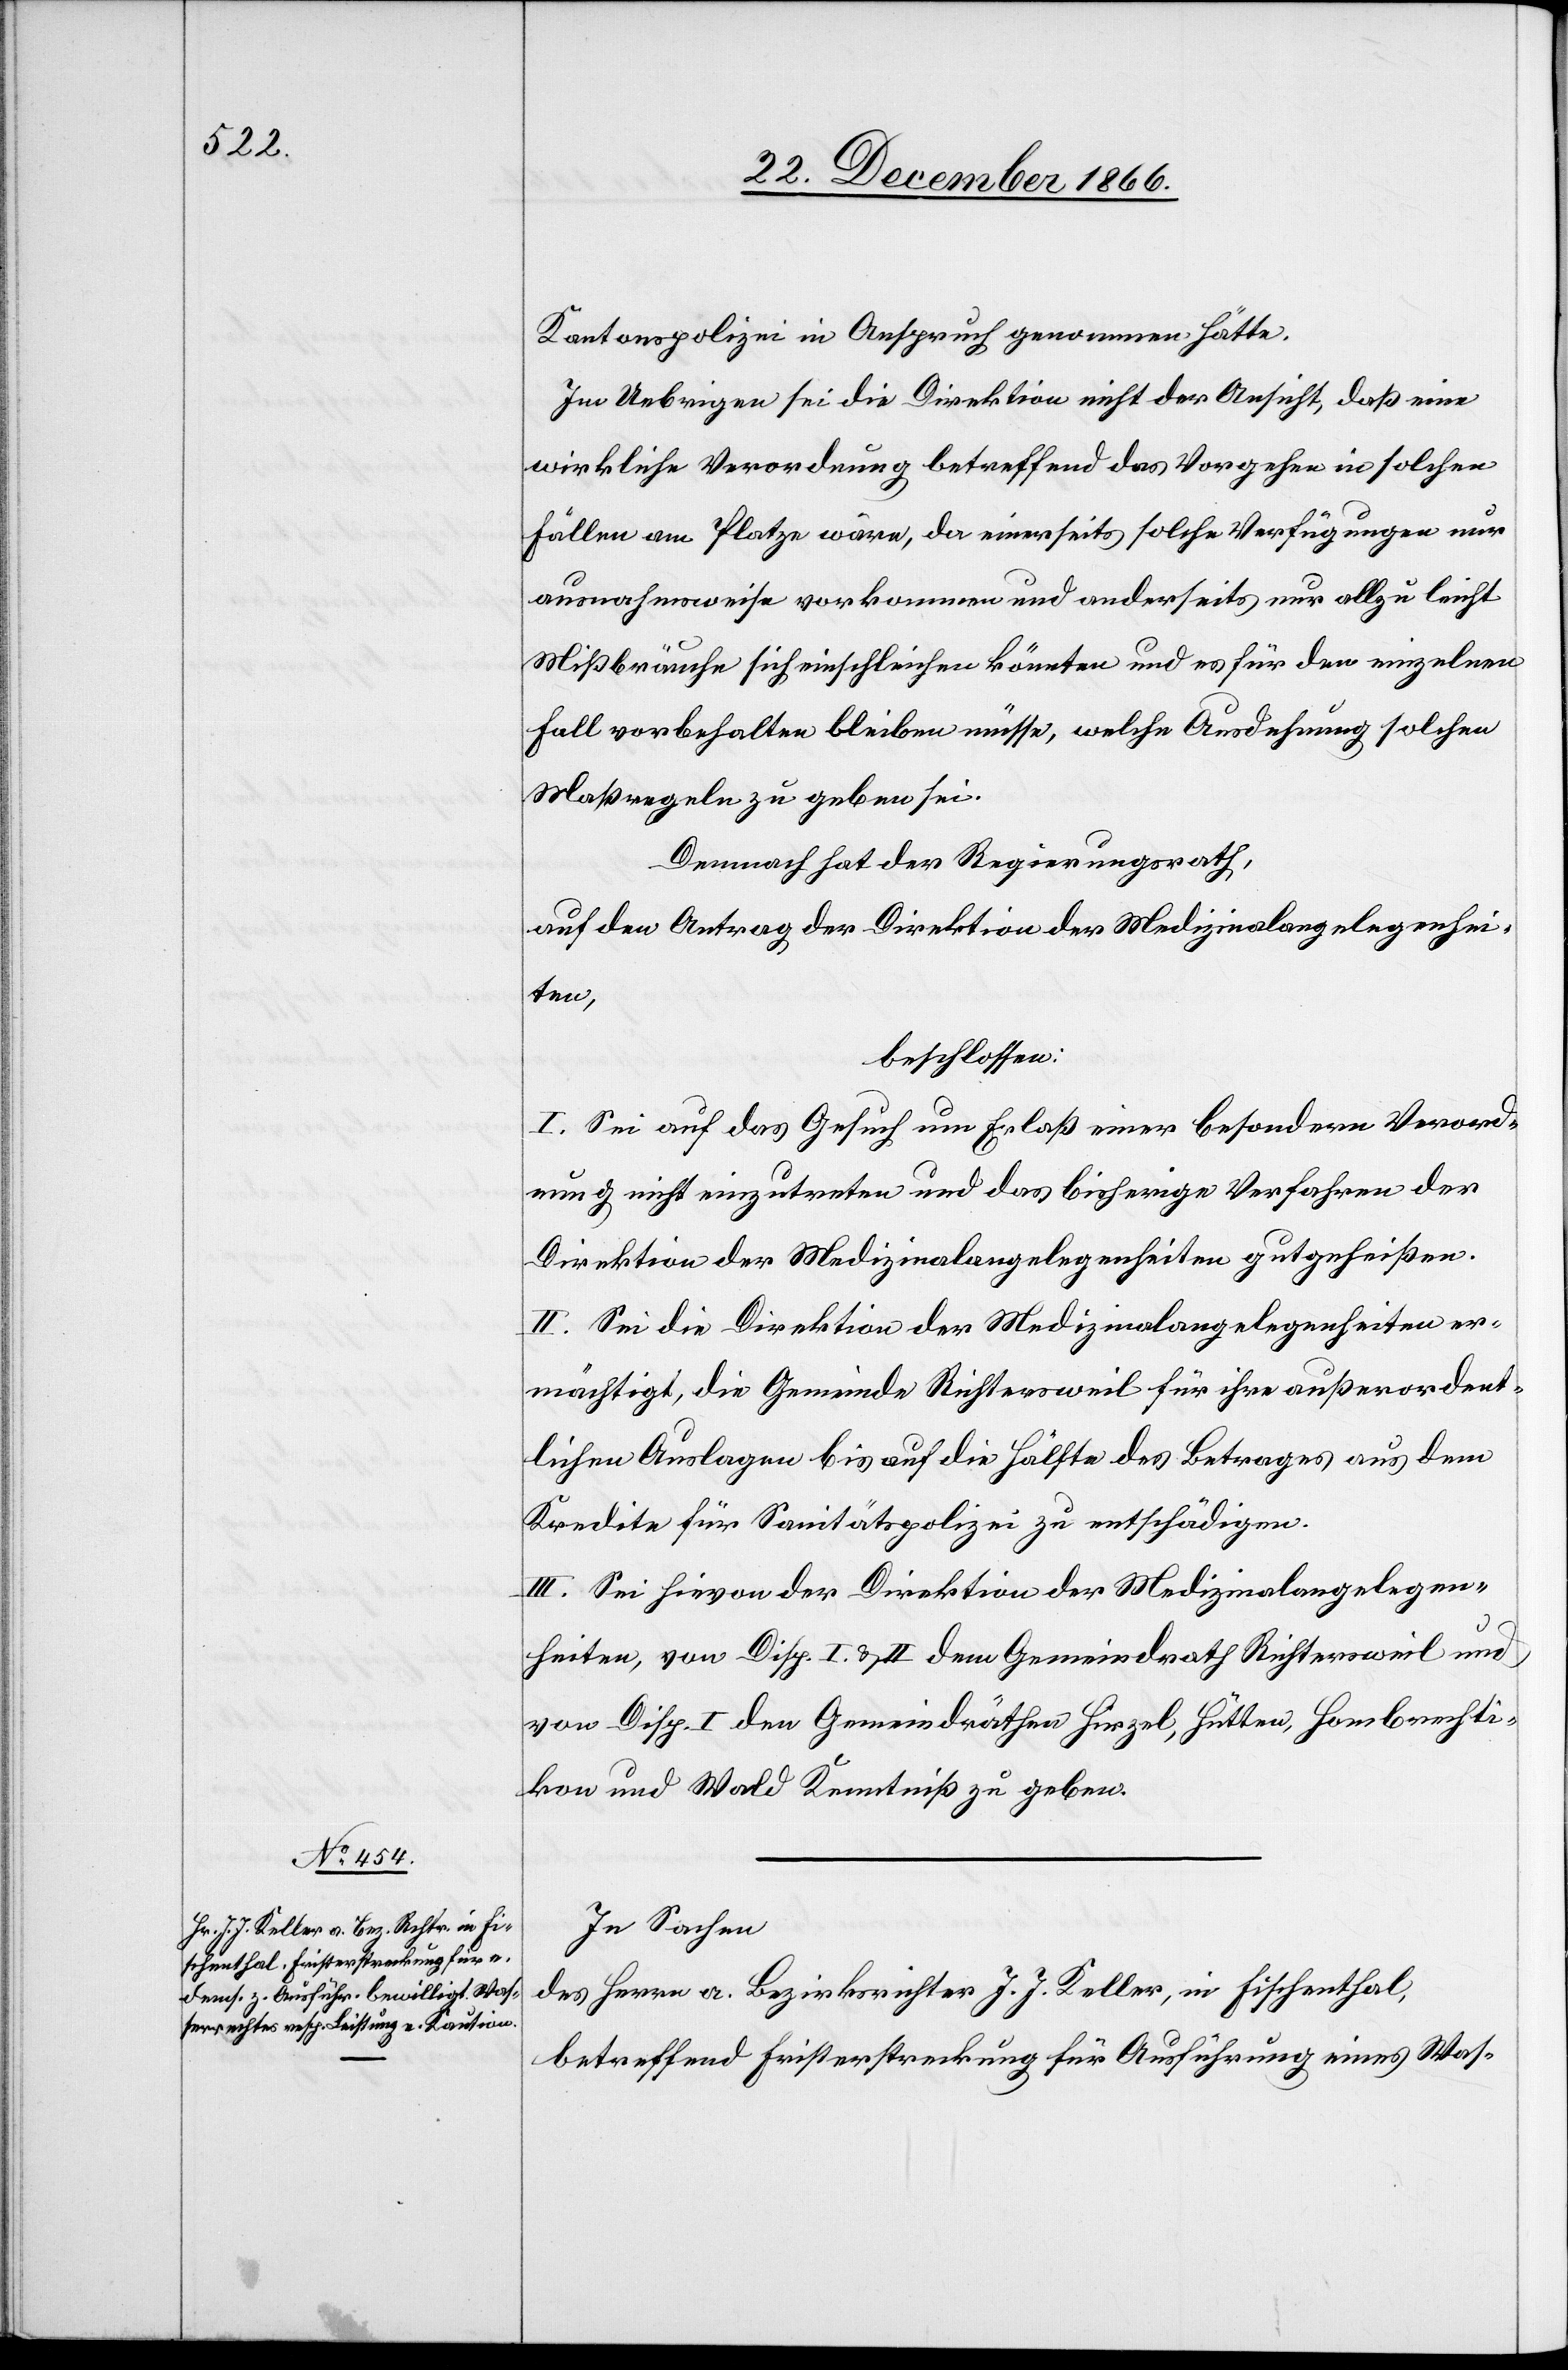
Kantonspolizei in Anspruch genommen hätte.
Im Uebrigen sei die Direktion nicht der Ansicht, daß eine
wirkliche Verordnung betreffend das Vorgehen in solchen
Fällen am Platze wäre, da einerseits solche Verfügungen nur
ausnahmsweise vorkommen und anderseits nur allzu leicht
Mißbräuche sich einschleichen könnten und es für den einzelnen
Fall vorbehalten bleiben müsse, welche Ausdehnung solchen
Maßregeln zu geben sei.
Demnach hat der Regierungsrath,
auf den Antrag der Direktion der Medizinalangelegenhei¬
ten,
beschlossen:
I. Sei auf das Gesuch um Erlaß einer besondern Verord¬
nung nicht einzutreten und das bisherige Verfahren der
Direktion der Medizinalangelegenheiten gutgeheißen.
II. Sei die Direktion der Medizinalangelegenheiten er¬
mächtigt, die Gemeinde Richtersweil für ihre außerordent¬
lichen Auslagen bis auf die Hälfte des Betrages aus dem
Kredite für Sanitätspolizei zu entschädigen.
III. Sei hievon der Direktion der Medizinalangelegen¬
heiten, von Disp. I & II dem Gemeindrath Richtersweil und
von Disp. I den Gemeindräthen Hirzel, Hütten, Hombrechti¬
kon und Wald Kenntniß zu geben.
In Sachen
des Herrn a. Bezirksrichter J. J. Keller, in Fischenthal,
betreffend Fristerstreckung für Ausführung eines Was-